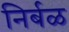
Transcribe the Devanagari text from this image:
निर्बळ